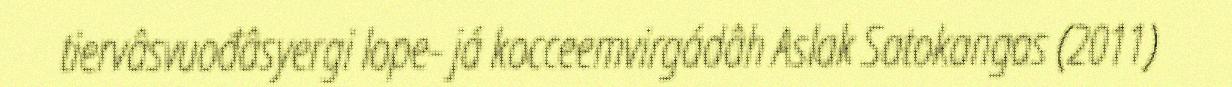
tiervâsvuođâsyergi lope- já kocceemvirgádâh Aslak Satokangas (2011)